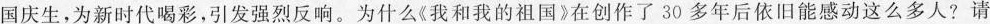
国庆生，为新时代喝彩，引发强烈反响。为什么《我和我的祖国》在创作了30多年后依旧能感动这么多人?请